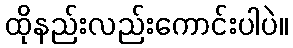
ထိုနည်းလည်းကောင်းပါပဲ။